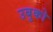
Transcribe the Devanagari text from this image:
उबुको